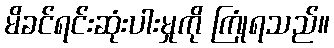
မိခင်ရင်းဆုံးပါးမှုကို ကြုံရသည်။